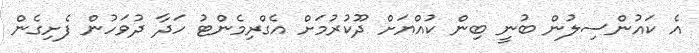
އެ ކައުންސިލުން ބުނީ ބިން ކުއްޔަށް ދޫކުރުމަށް އެގްރިމެންޓު ހަދާ ދުވަހުން ފެށިގެން